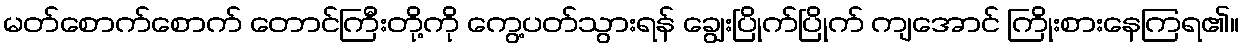
မတ်စောက်စောက် တောင်ကြီးတို့ကို ကွေ့ပတ်သွားရန် ချွေးပြိုက်ပြိုက် ကျအောင် ကြိုးစားနေကြရ၏။